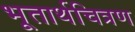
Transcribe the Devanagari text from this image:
भूतार्थचित्रण